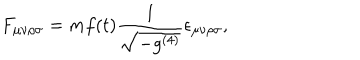
LaTeX: F _ { \mu \nu \rho \sigma } = m f ( t ) \frac { 1 } { \sqrt { - g ^ { ( 4 ) } } } \epsilon _ { \mu \nu \rho \sigma } ,